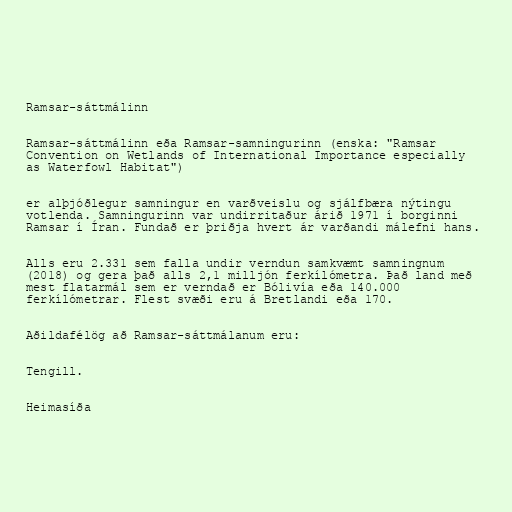
Ramsar-sáttmálinn

Ramsar-sáttmálinn eða Ramsar-samningurinn (enska: "Ramsar
Convention on Wetlands of International Importance especially
as Waterfowl Habitat")

er alþjóðlegur samningur en varðveislu og sjálfbæra nýtingu
votlenda. Samningurinn var undirritaður árið 1971 í borginni
Ramsar í Íran. Fundað er þriðja hvert ár varðandi málefni hans.

Alls eru 2.331 sem falla undir verndun samkvæmt samningnum
(2018) og gera það alls 2,1 milljón ferkílómetra. Það land með
mest flatarmál sem er verndað er Bólivía eða 140.000
ferkílómetrar. Flest svæði eru á Bretlandi eða 170.

Aðildafélög að Ramsar-sáttmálanum eru:

Tengill.

Heimasíða